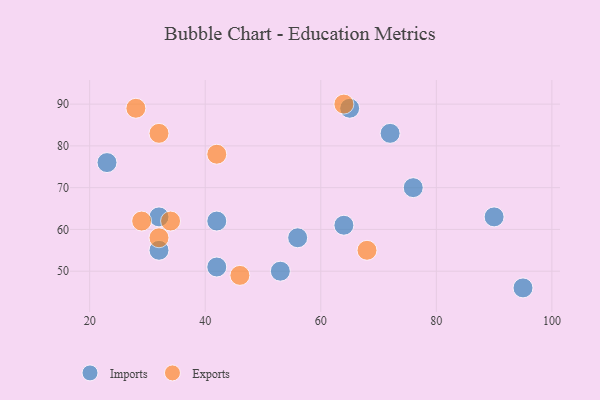
{"axis": {"x": "GDP", "y": "Life Expectancy"}, "legend": ["Exports", "Imports"], "data": [{"x": "32", "y": 55, "type": "Imports"}, {"x": "56", "y": 58, "type": "Imports"}, {"x": "76", "y": 70, "type": "Imports"}, {"x": "23", "y": 76, "type": "Imports"}, {"x": "32", "y": 63, "type": "Imports"}, {"x": "53", "y": 50, "type": "Imports"}, {"x": "95", "y": 46, "type": "Imports"}, {"x": "72", "y": 83, "type": "Imports"}, {"x": "65", "y": 89, "type": "Imports"}, {"x": "90", "y": 63, "type": "Imports"}, {"x": "64", "y": 61, "type": "Imports"}, {"x": "42", "y": 51, "type": "Imports"}, {"x": "42", "y": 62, "type": "Imports"}, {"x": "29", "y": 62, "type": "Exports"}, {"x": "32", "y": 58, "type": "Exports"}, {"x": "34", "y": 62, "type": "Exports"}, {"x": "46", "y": 49, "type": "Exports"}, {"x": "28", "y": 89, "type": "Exports"}, {"x": "32", "y": 83, "type": "Exports"}, {"x": "64", "y": 90, "type": "Exports"}, {"x": "68", "y": 55, "type": "Exports"}, {"x": "42", "y": 78, "type": "Exports"}]}